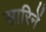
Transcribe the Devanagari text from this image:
सारिनें